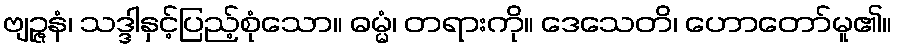
ဗျဉ္ဇနံ၊ သဒ္ဒါနှင့်ပြည့်စုံသော။ ဓမ္မံ၊ တရားကို။ ဒေသေတိ၊ ဟောတော်မူ၏။